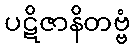
ပဋိဇာနိတဗ္ဗံ